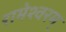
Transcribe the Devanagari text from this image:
रामेश्वरम्‌